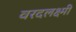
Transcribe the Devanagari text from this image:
वरदलक्ष्मी